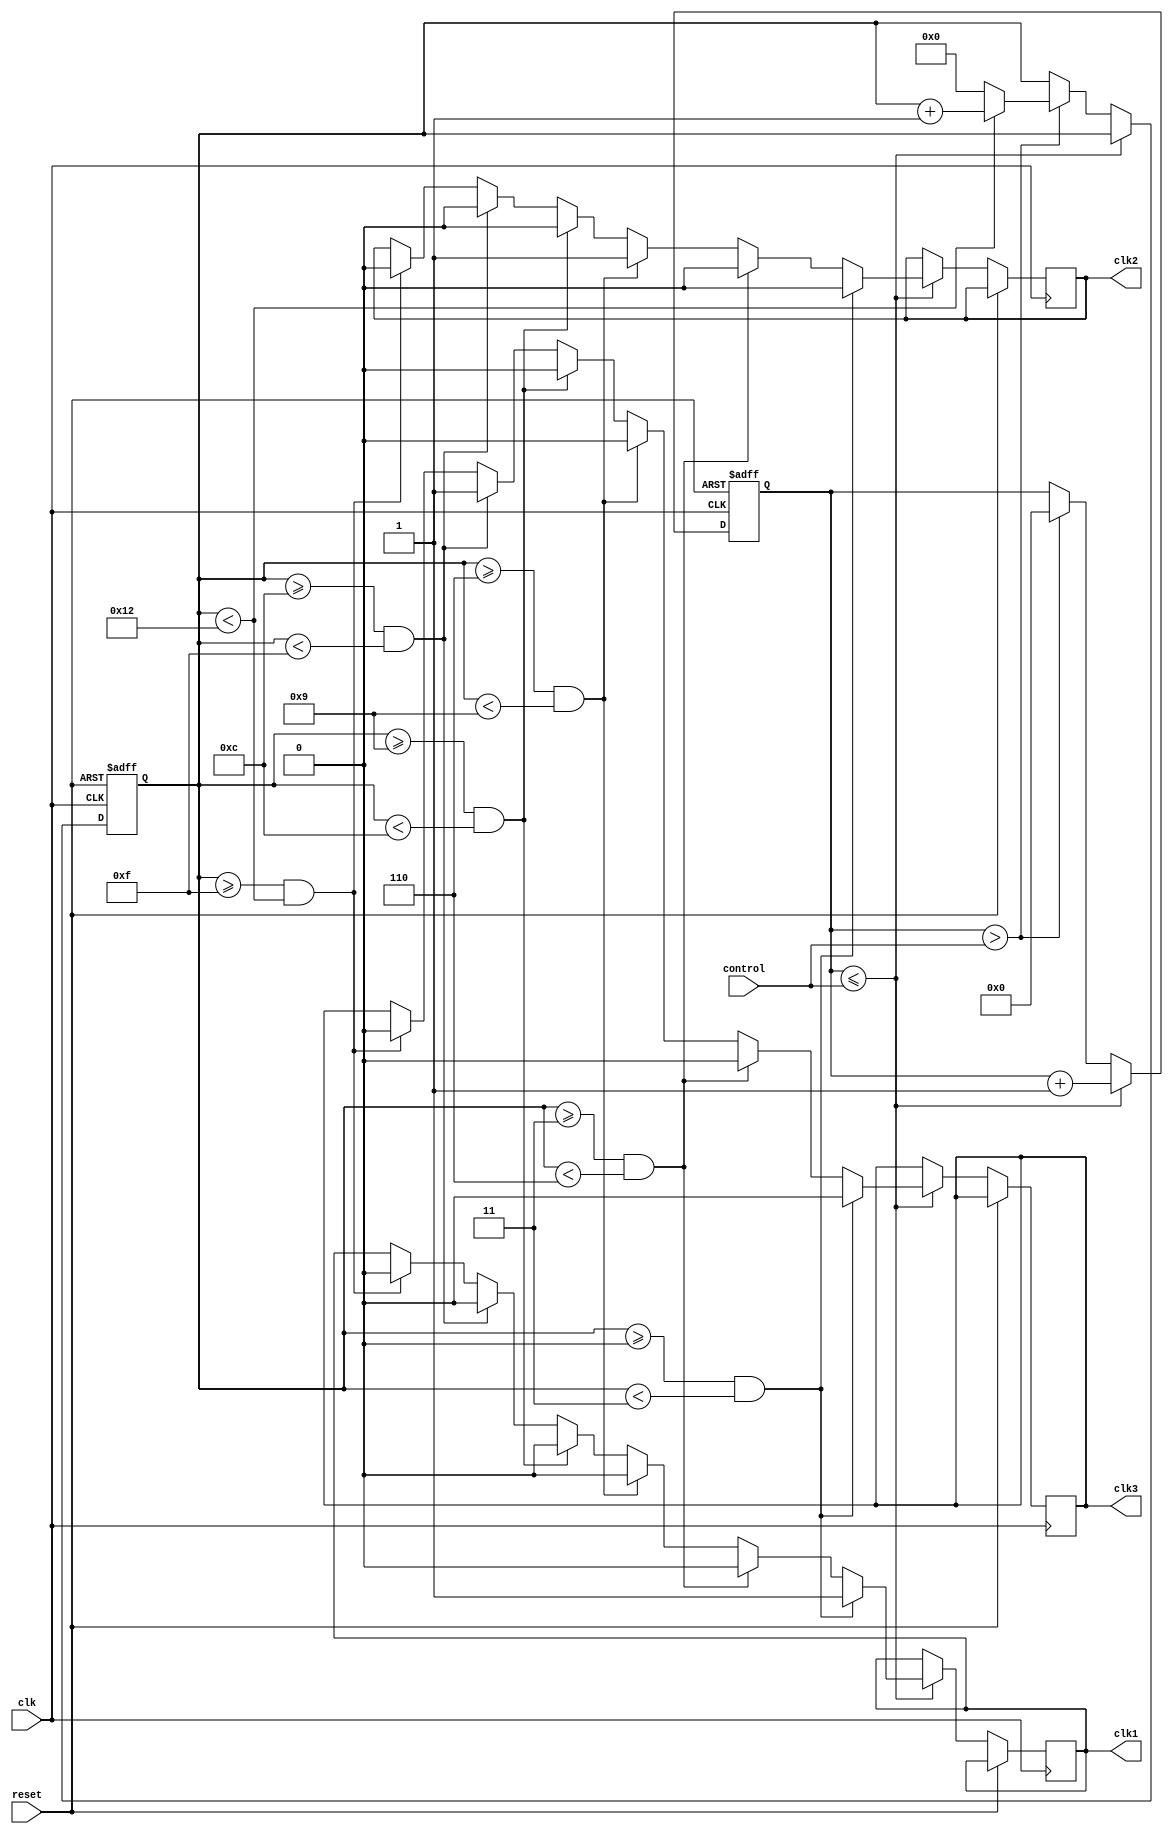
module diffClock(

//input
 input wire clk,
 input wire reset,
 input wire [31:0] control,
 
//output
 output reg clk1,
 output reg clk2,
 output reg clk3

);

reg [32:0] count;		// counter - sovradimensioned for every "control"
reg [3:0] whichOutput;	// to decide which sensor will be up
parameter cycleForSensor = 3; //2	// how many cycles for every sensor

always@(posedge clk or posedge reset)
	begin
		if (reset)
			begin
				count <= 0;
				whichOutput <= 0;
			end
			
		else if (count <= control) // control = 500000
			begin
				count = count + 1;
					if(whichOutput >= 0 && whichOutput < 1 * cycleForSensor)	//1st sensor up
						begin
							clk1 <= 1'b1;
							clk2 <= 1'b0;
							clk3 <= 1'b0;
						end
					else if(whichOutput >= 1 * cycleForSensor && whichOutput < 2 * cycleForSensor) 	//pause - wait all waves end
						begin
							clk1 <= 1'b0;
							clk2 <= 1'b0;
							clk3 <= 1'b0;
						end
					else if(whichOutput >= 2 * cycleForSensor && whichOutput < 3 * cycleForSensor)	//2nd sensor up
						begin
							clk1 <= 1'b0;
							clk2 <= 1'b1;
							clk3 <= 1'b0;
						end
					else if(whichOutput >= 3 * cycleForSensor && whichOutput < 4 * cycleForSensor)	//pause - wait all waves end
						begin
							clk1 <= 1'b0;
							clk2 <= 1'b0;
							clk3 <= 1'b0;
						end
					else if(whichOutput >= 4 * cycleForSensor && whichOutput < 5 * cycleForSensor) 	//3rd sensor up
						begin
							clk1 <= 1'b0;
							clk2 <= 1'b0;
							clk3 <= 1'b1;
						end
					else if(whichOutput >= 5 * cycleForSensor && whichOutput < 6 * cycleForSensor)	//pause - wait all waves end
						begin
							clk1 <= 1'b0;
							clk2 <= 1'b0;
							clk3 <= 1'b0;
						end
			end
		else if (count > control) // control = 500000
			begin
				count <= 0;
				if (whichOutput < 6*cycleForSensor)		// changing output
					whichOutput = whichOutput +1;
				else 
					whichOutput  <= 0;
			end

	end
	
	
	endmodule